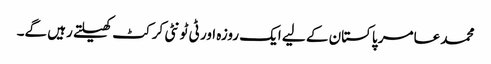
محمد عامر پاکستان کے لیے ایک روزہ اور ٹی ٹونٹی کرکٹ کھیلتے رہیں گے۔